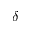
\delta